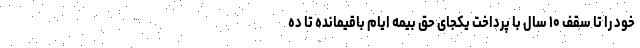
خود را تا سقف ۱۰ سال با پرداخت یکجای حق بیمه ایام باقیمانده تا ده